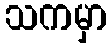
သကမှာ